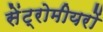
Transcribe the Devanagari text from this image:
सेंट्रोमीयरों